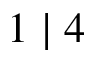
1 \mid 4